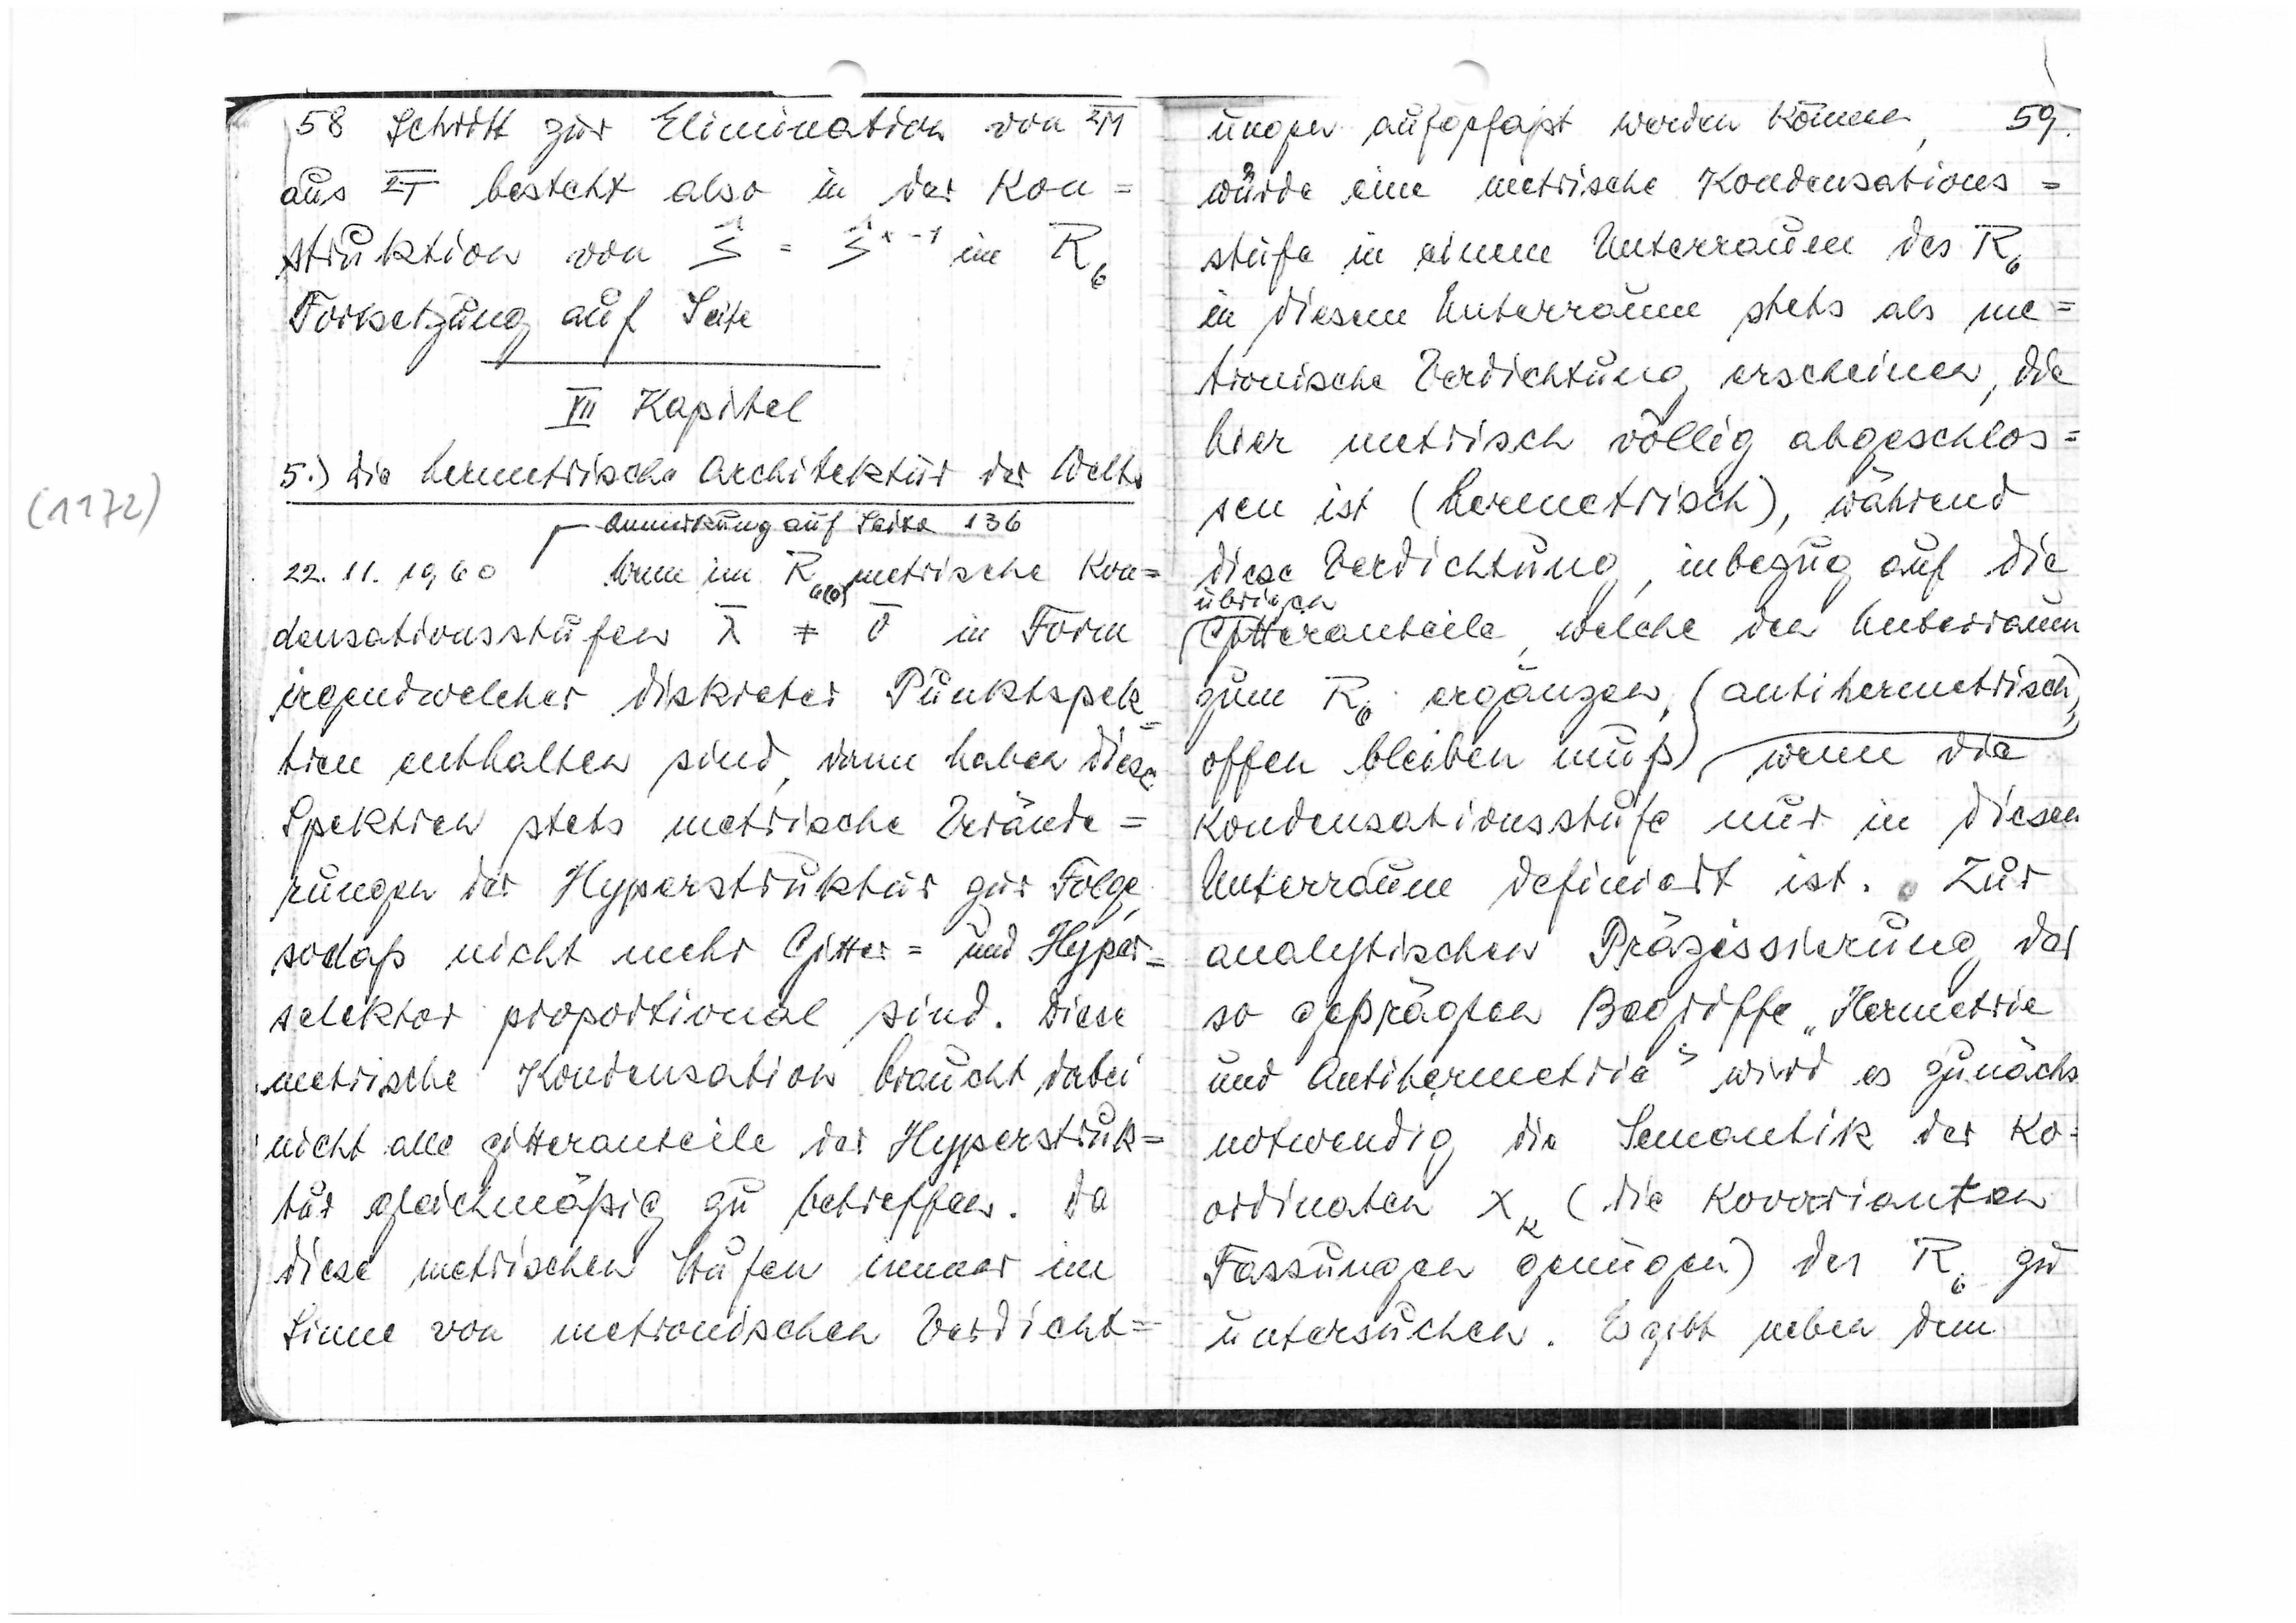
(1172)

58
Schritt zur Elimination von

aus

besteht also in der Kon=
struktion von

im R6
Fortsetzung auf Seite
VII Kapitel
5.) Die hermetrische Architektur der Welt
Anmerkung auf Seite 136
22.11.1960
Wenn im R6(0) metrisch Kon=
densationsstufen

≠ 0 in Form
irgendwelcher diskreter Punktspek
tren enthalten sind, dann haben diese
Spektren stets metrische Verände=
rungen der Hyperstruktur zur Folge
,
sodaß nicht mehr Gitter = und Hyper=
selektor proportional sind. Diese
metrische Kondensation braucht dabei
nicht alle Gitteranteile der Hyperstruk=
tur gleichmäßig zu betreffen. Da
diese metrischen Stufen immer im
Sinne von metronischen Verdicht=

59
ungen aufgefasst werden können,
würde eine metrische Kondensations=
stufe in einem Unterraum des R6
in diesem Unterraum stets als me=
tronische Verdichtung erscheinen, die
hier metrisch völlig abgeschlos=
sen ist (hermetrisch), während
diese Verdichtung, inbezug auf die
Gitteranteile, welche den Unterraum
zum R6 ergänzen (antihermetrisch)
,
offen bleiben muß wenn die
Kondensationsstufe nur in diesem
Unterraum definiert ist. Zur
analytischen Präzisierung der
so geprägten Begriffe „Hermetrie
und Antihermetrie“ wird es zunächst
notwendig die Semantik der ko=
ordinaten xk (die kovarianten)
Fassungen genügen) des R6 zu
untersuchen. Es gibt neben dem